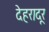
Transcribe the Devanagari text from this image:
देहरादूर